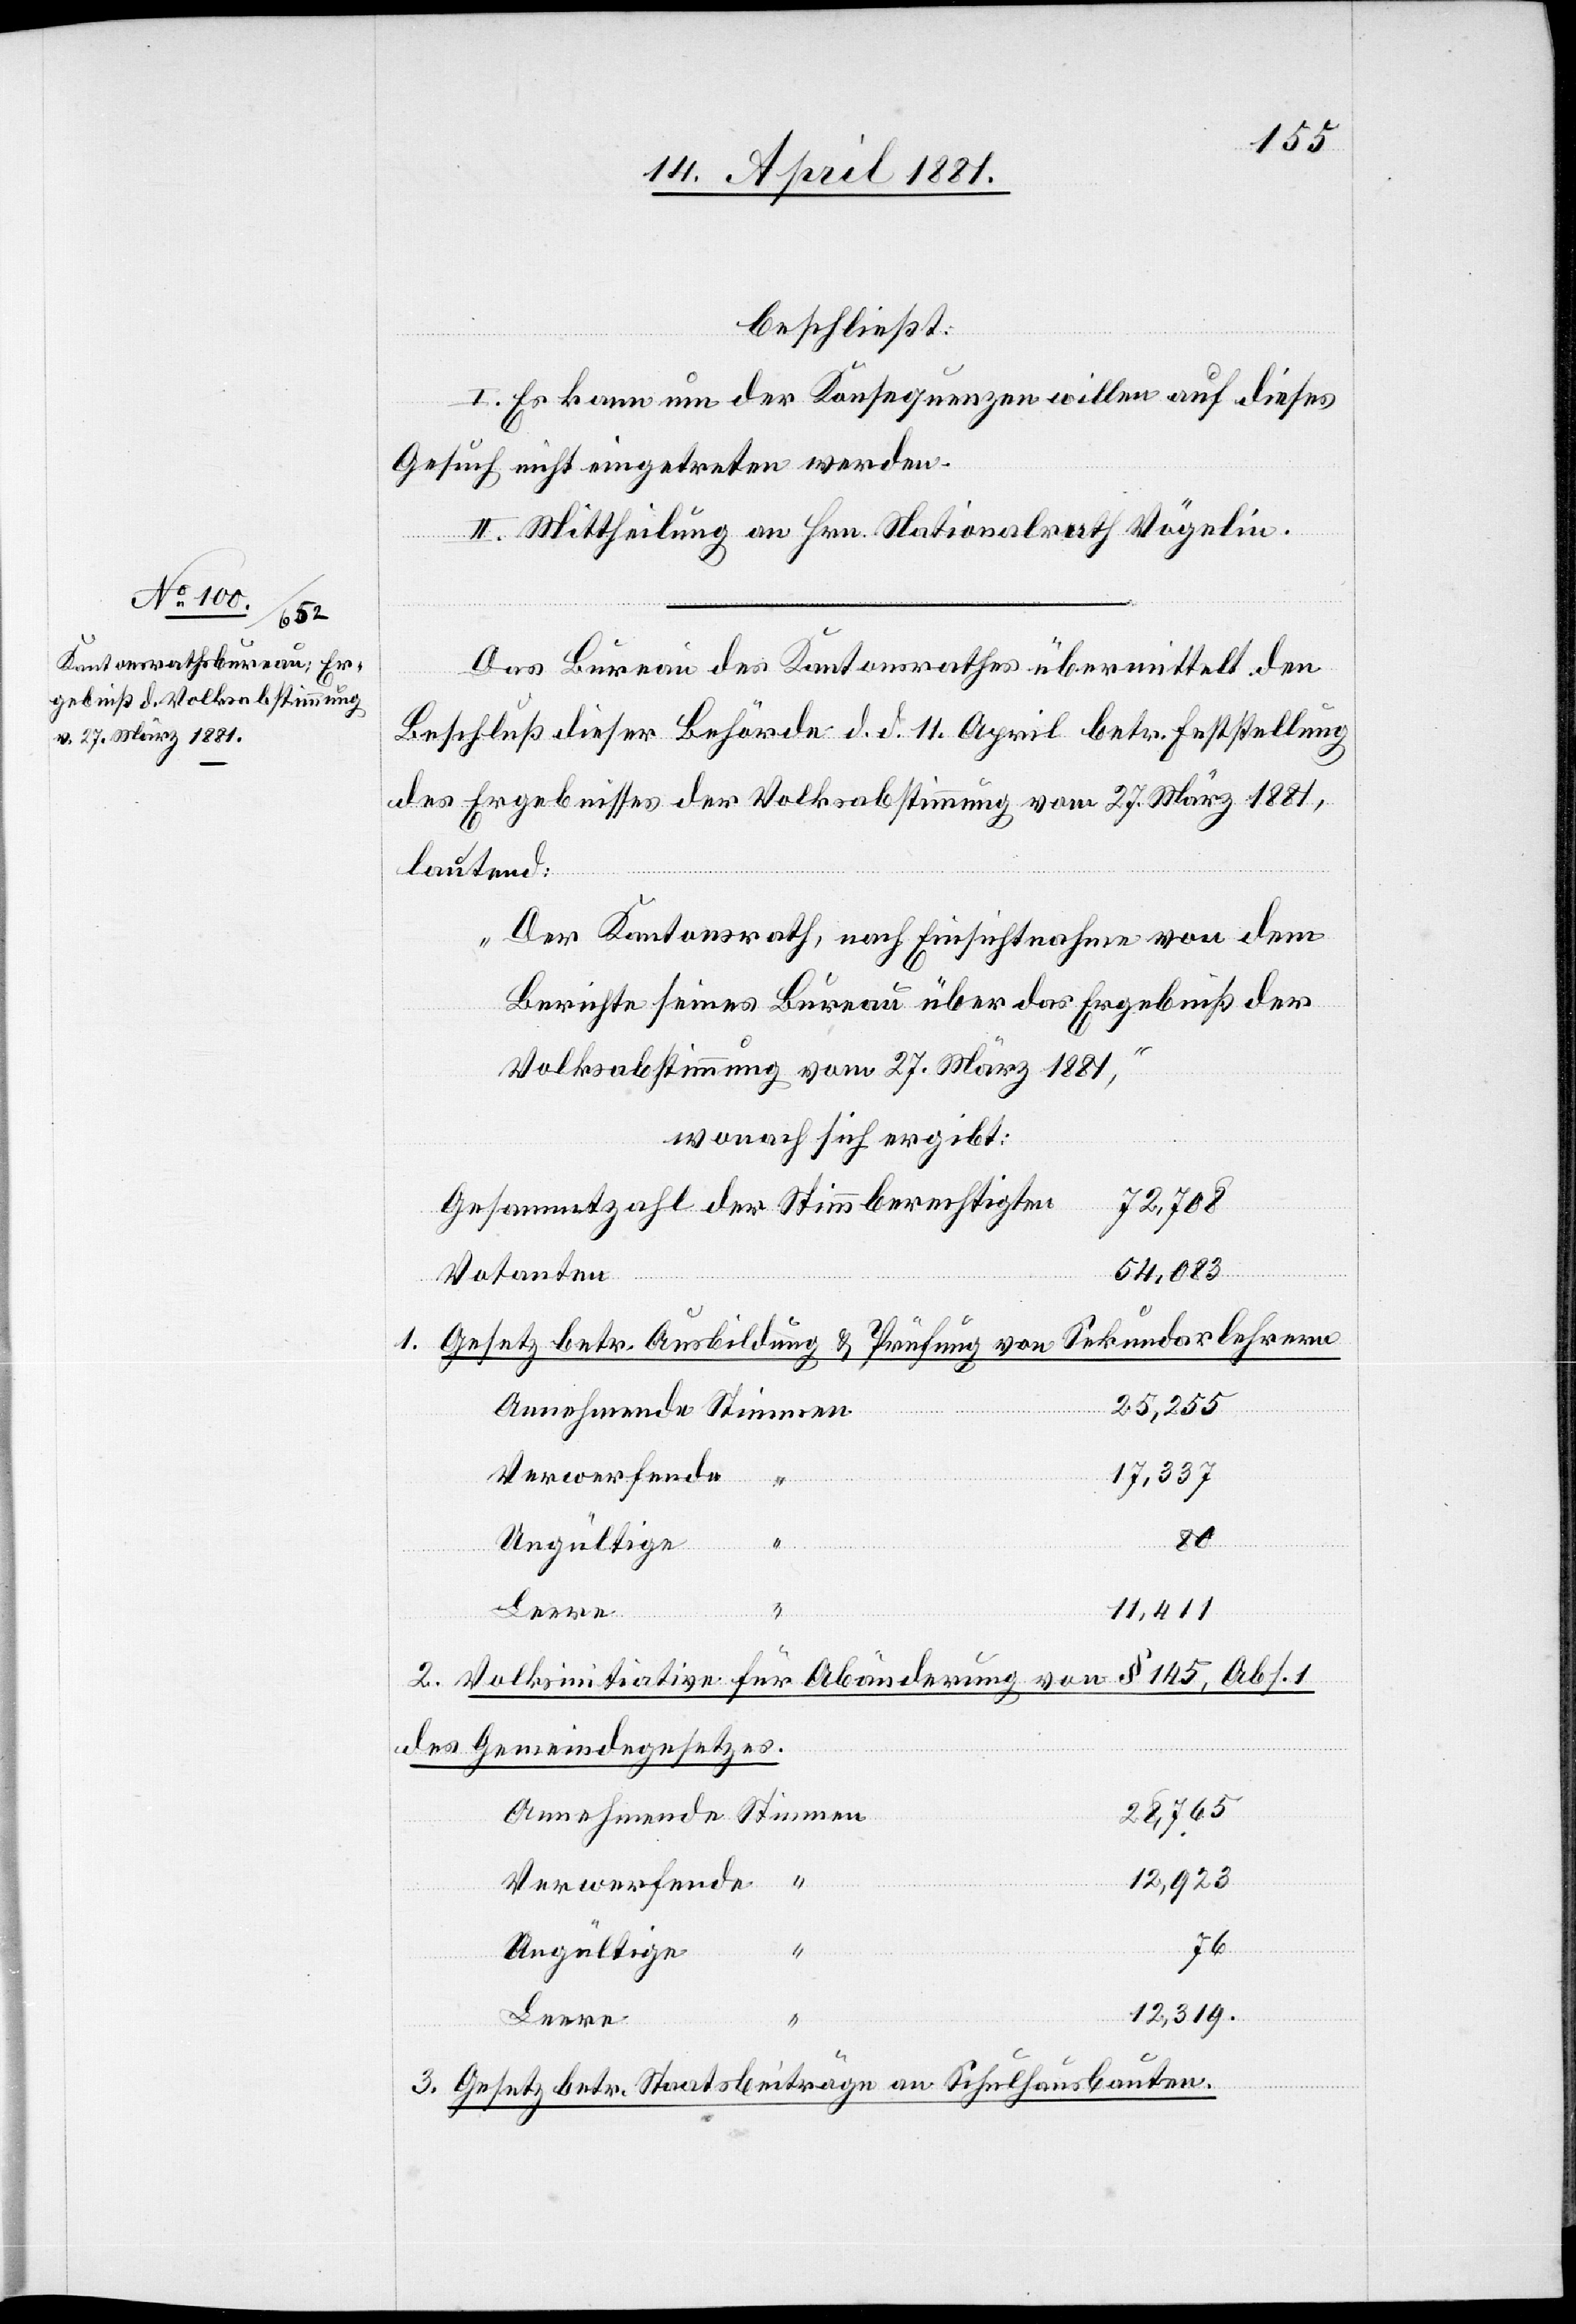
1.

beschließt:
I. Er kann um der Konsequenzen willen auf dieses
Gesuch nicht eingetreten werden.
II. Mittheilung an Hrn. Nationalrath Vögelin.
Das Bureau des Kantonsrathes übermittelt den
Beschluß dieser Behörde d. d. 11. April betr. Feststellung
des Ergebnisses der Volksabstimmung vom 27. März 1881,
lautend:
„Der Kantonsrath, nach Einsichtnahme von dem
Berichte seines Bureau über das Ergebniß der
Volksabstimmung vom 27. März 1881,“
wonach sich ergibt:
Gesammtzahl der Stimmberechtigten
72,708
54,083
Votanten
Gesetz betr. Ausbildung & Prüfung von Sekundarlehrern
25,255
Verwerfende
17,337
80
“
Ungültige
11,411
2. Volksinitiative für Abänderung von § 145, Abs. 1
des Gemeindegesetzes.
28,765
12,923
76
12,319
Leere
3. Gesetz betr. Staatsbeiträge an Schulhausbauten.